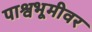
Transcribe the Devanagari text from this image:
पाश्वभूमीवर